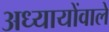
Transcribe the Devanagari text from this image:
अध्यायोंवाले